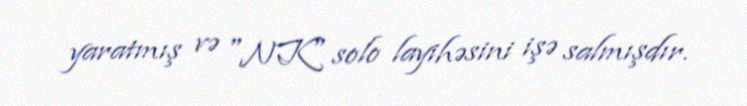
yaratmış və "NK" solo layihəsini işə salmışdır.